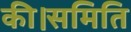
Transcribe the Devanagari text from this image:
की।समिति